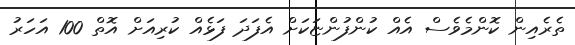
ތެރެއިން ކޮންމެވެސް އެއް ކުންފުންޏަކަށް އެފަދަ ފަޅެއް ކުރިއަށް އޮތް 100 އަހަރު